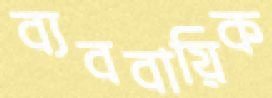
ব্যববায়িক